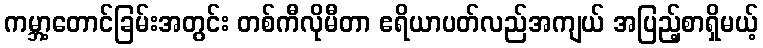
ကမ္ဘာ့တောင်ခြမ်းအတွင်း တစ်ကီလိုမီတာ ဧရိယာပတ်လည်အကျယ် အပြည့်စာရှိမယ့်